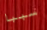
سببا